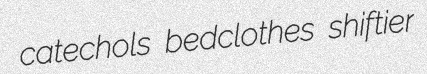
catechols bedclothes shiftier